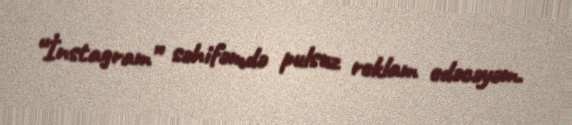
“İnstagram” səhifəmdə pulsuz reklam edəcəyəm.